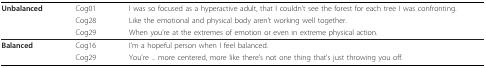
<table><thead><tr><td><b>Unbalanced</b></td><td><b>Cog01</b></td><td><b>I was so focused as a hyperactive adult, that I couldn&#x27;t see the forest for each tree I was confronting.</b></td></tr><tr><td></td><td><b>Cog28</b></td><td><b>Like the emotional and physical body aren&#x27;t working well together.</b></td></tr><tr><td></td><td><b>Cog29</b></td><td><b>When you&#x27;re at the extremes of emotion or even in extreme physical action.</b></td></tr></thead><tbody><tr><td><b>Balanced</b></td><td>Cog16</td><td>I&#x27;m a hopeful person when I feel balanced.</td></tr><tr><td></td><td>Cog29</td><td>You&#x27;re ... more centered, more like there&#x27;s not one thing that&#x27;s just throwing you off.</td></tr></tbody></table>